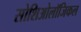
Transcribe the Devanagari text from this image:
सोशिओलॉजिकल